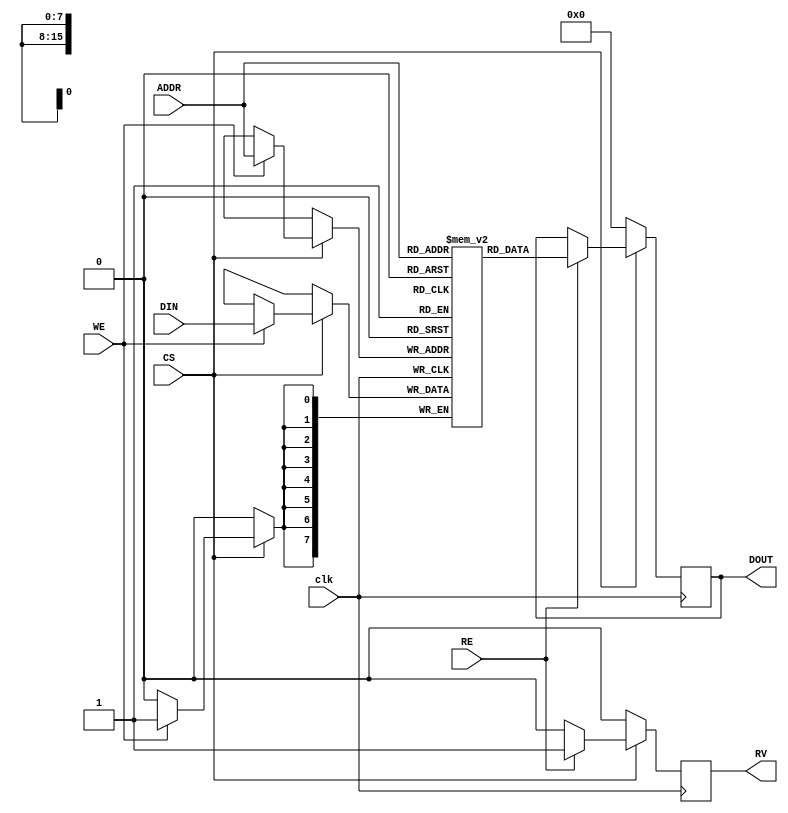
module mram_io_block (
    input wire [7:0] DIN,      // Data input
    input wire [15:0] ADDR,    // Address input
    input wire WE,              // Write Enable
    input wire RE,              // Read Enable
    input wire CS,              // Chip Select
    input wire clk,             // System clock
    output reg [7:0] DOUT,      // Data output
    output reg RV               // Read Valid
);

    reg [7:0] mram_array [0:65535]; // MRAM memory array (64K x 8 bits)

    // Internal signals for managing read and write operations
    reg we_internal;
    reg re_internal;

    // Process control signals on positive clock edge
    always @(posedge clk) begin
        if (CS) begin // Chip is selected
            if (WE) begin
                // Write operation
                mram_array[ADDR] <= DIN; // Write data to the addressed location
                we_internal <= 1'b1;     // Indicate write operation
            end else begin
                we_internal <= 1'b0;      // Clear write indication
            end
            
            if (RE) begin
                // Read operation
                DOUT <= mram_array[ADDR]; // Read data from the addressed location
                RV <= 1'b1;               // Set Read Valid high
                re_internal <= 1'b1;      // Indicate read operation
            end else begin
                RV <= 1'b0;               // Clear Read Valid if not reading
                re_internal <= 1'b0;      // Clear read indication
            end
        end else begin
            // If chip is not selected, do not output data
            DOUT <= 8'b0;               // Clear data output
            RV <= 1'b0;                 // Clear Read Valid
            we_internal <= 1'b0;        // Clear write indication
            re_internal <= 1'b0;        // Clear read indication
        end
    end

endmodule